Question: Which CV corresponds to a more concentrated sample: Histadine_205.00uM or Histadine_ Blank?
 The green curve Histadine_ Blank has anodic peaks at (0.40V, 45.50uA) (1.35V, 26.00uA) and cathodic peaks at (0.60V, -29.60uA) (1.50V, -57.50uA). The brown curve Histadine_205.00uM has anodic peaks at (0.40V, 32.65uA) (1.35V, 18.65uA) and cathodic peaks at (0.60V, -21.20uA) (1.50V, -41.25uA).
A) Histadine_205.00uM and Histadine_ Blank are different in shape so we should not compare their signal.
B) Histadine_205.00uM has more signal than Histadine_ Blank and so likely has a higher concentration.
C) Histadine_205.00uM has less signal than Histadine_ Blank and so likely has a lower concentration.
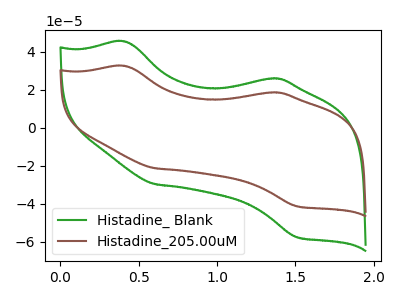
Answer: <think>All the peaks in "Histadine_205.00uM" have a peak in "Histadine_ Blank" at the same potential. Every peak in "Histadine_205.00uM" is lower than every peak in "Histadine_ Blank".
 </think>
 <answer>C) "Histadine_205.00uM" has less signal than "Histadine_ Blank" and so likely has a lower concentration.</answer>
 <eval>C</eval>